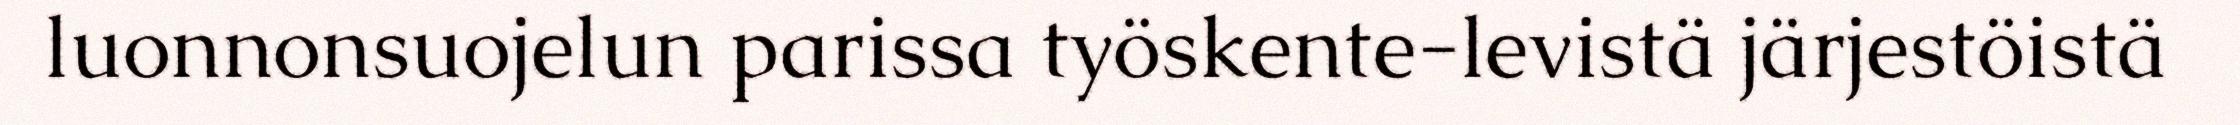
luonnonsuojelun parissa työskente-levistä järjestöistä